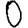
Digit: 0